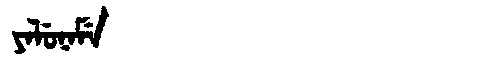
Manchu: ᠶᠠᠯᡠᠨᠠᠮᡝ
Romanization: YALUNAME